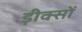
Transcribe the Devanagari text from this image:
ड़ीक्सों